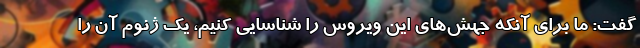
گفت: ما برای آنکه جهش‌های این ویروس را شناسایی کنیم، یک ژنوم آن را